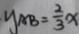
y _ { A B } = \frac { 2 } { 3 } x